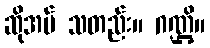
ဆိုအပ် သတည်း။ ဂဏ္ဌိ။